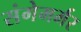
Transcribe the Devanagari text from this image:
संगेमर्मर